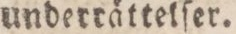
underrättetſer.